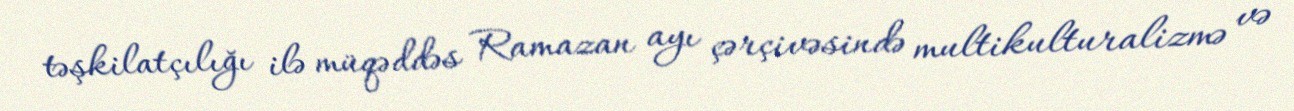
təşkilatçılığı ilə müqəddəs Ramazan ayı çərçivəsində multikulturalizmə və